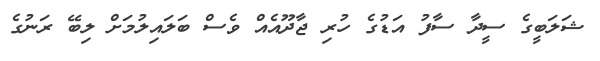
ޝަލަބީގެ ސީދާ ސާފު އަޑުގެ ހުރި ޖާދޫއެއް ވެސް ބަލައިލުމަށް ލިބޭ ރަނުގެ